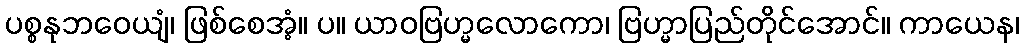
ပစ္စနုဘဝေယျံ၊ ဖြစ်စေအံ့။ ပ။ ယာဝဗြဟ္မလောကော၊ ဗြဟ္မာပြည်တိုင်အောင်။ ကာယေန၊